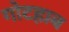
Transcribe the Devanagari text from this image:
गोटहाब